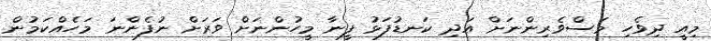
މިއީ ދިވެހި މަސްވެރިންނަށް އަދި ކަނޑުފަޅު ފީނާ މީހުންނަށް ވަރަށް ނުފެންނަ މަހެއްކަމުން